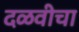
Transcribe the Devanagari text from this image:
दळवीचा